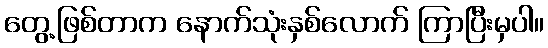
တွေ့ဖြစ်တာက နောက်သုံးနှစ်လောက် ကြာပြီးမှပါ။